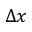
\Delta x